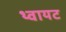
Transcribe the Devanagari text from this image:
थ्वायट